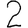
Digit: 2